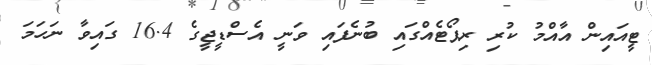
ޓީއައިން އާއްމު ކުރި ރިޕޯޓެއްގައި ބުނެފައި ވަނީ އެސްޑީޖީގެ 16.4 ގައިވާ ނަހަމަ